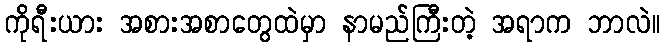
ကိုရီးယား အစားအစာတွေထဲမှာ နာမည်ကြီးတဲ့ အရာက ဘာလဲ။